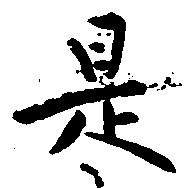
是